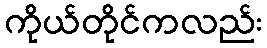
ကိုယ်တိုင်ကလည်း